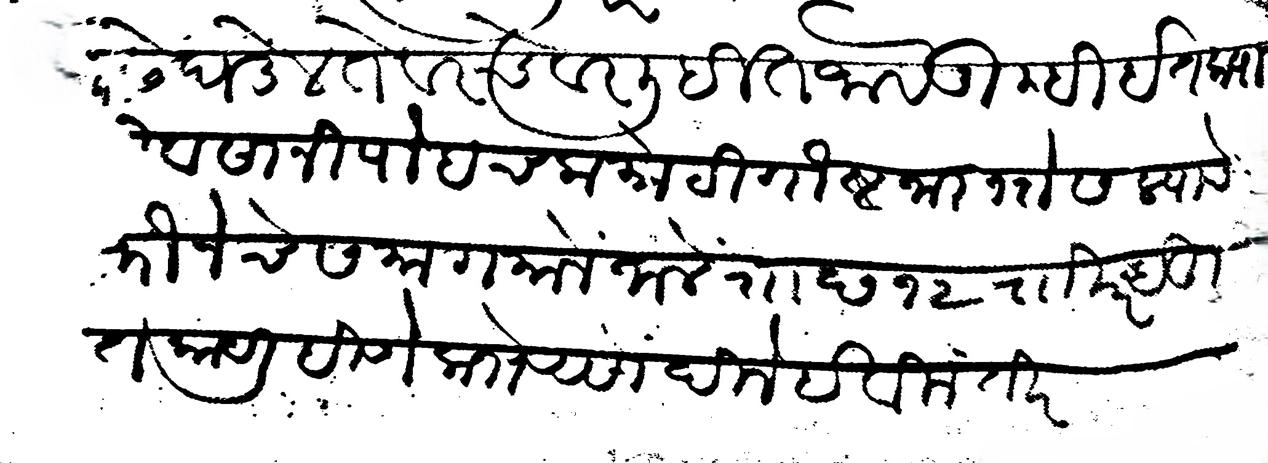
Transliteration (Devanagari): पुढे घडेल ते वरचेवर लिहित जावे तुम्ही इतक्या दिवसानी पोहचला मोटी गोष्ट जालि भोसल्याचे फौजेचे समागमाने जाले र छ १२ रखर बहुत काय लिहिणे लोभ असो दिजे हे विनंती